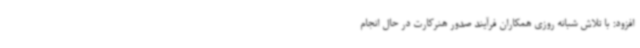
افزود: با تلاش شبانه روزی همکاران فرآیند صدور هنرکارت در حال انجام